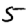
Digit: 5